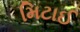
મિટાઈ